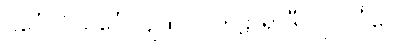
ပိင်္ဂေါ ပိသင်္ဂေါ ပျထဝါ၊ ကဠာရာဒီ တု ပိင်္ဂလေ။